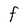
Character: F